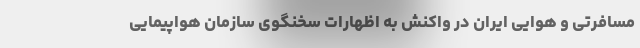
مسافرتی و هوایی ایران در واکنش به اظهارات سخنگوی سازمان هواپیمایی